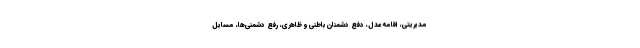
مدیریتی، اقامه عدل، دفع دشمنان باطنی و ظاهری، رفع دشمنی‌ها، مسایل